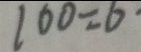
1 0 0 = 6 \cdot